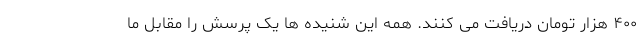
۴۰۰ هزار تومان دریافت می کنند. همه این شنیده ها یک پرسش را مقابل ما